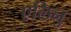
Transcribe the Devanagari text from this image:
एलिनु